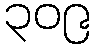
၃၀၉